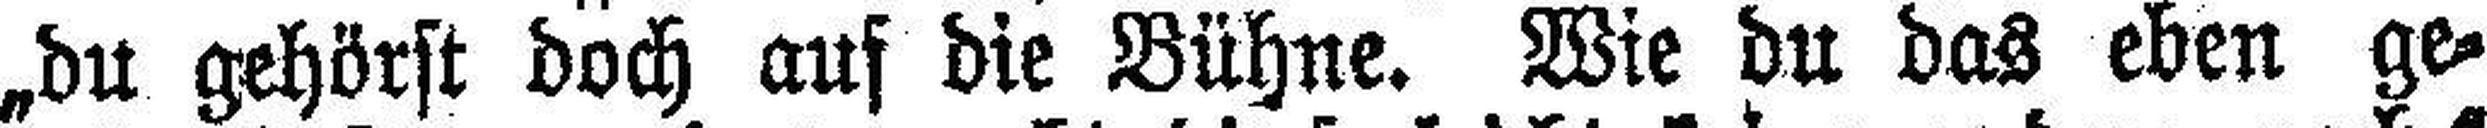
„du gehörst doch auf die Bühne. Wie du das eben ge¬